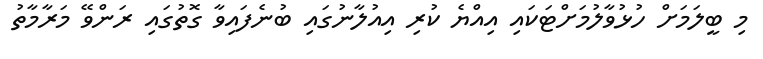
މި ބީލަމަށް ހުޅުވާލުމަށްޓަކައި އިއްޔެ ކުރި އިއުލާނުގައި ބުނެފައިވާ ގޮތުގައި ރަންވޭ މަރާމާތު